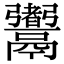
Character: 䰞